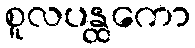
စူလပန္ထကော